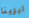
ايرينا